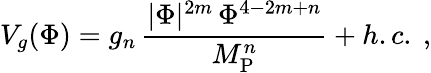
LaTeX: V_{g}(\Phi)=g_{n}\, {\frac{|\Phi|^{2m}\, \Phi^{4-2m+n}}{M_{\mathrm{P}}^{n}}}+h.c.\ ,